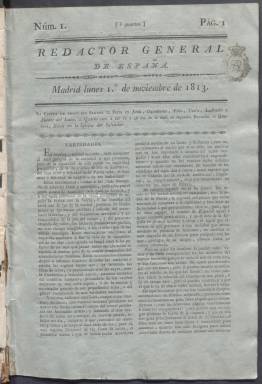
Título: Redactor general de España
Colección: Periódicos anteriores a 1850
Ámbito geográfico: Madrid
Lugar de publicación: Madrid
Fechas: 01/11/1813-09/05/1821